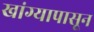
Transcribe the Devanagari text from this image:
खांग्यापासून